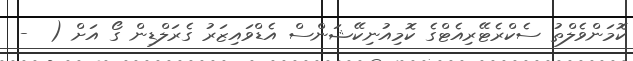
ކޮމަންވެލްތު ސެކްރެޓޭރިއެޓްގެ ކޮމިއުނިކޭޝަންސް އެޑްވައިޒަރު ގެރަލްޑިން ގޯ އަށް (  -